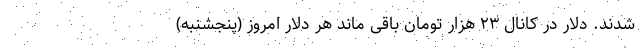
شدند. دلار در کانال ۲۳ هزار تومان باقی ماند هر دلار امروز (پنجشنبه)